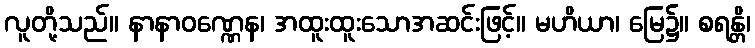
လူတို့သည်။ နာနာဝဏ္ဏေန၊ အထူးထူးသောအဆင်းဖြင့်။ မဟိယာ၊ မြေ၌။ စရန္တိ၊